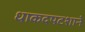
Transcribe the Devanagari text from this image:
धाकदपटशाने